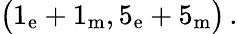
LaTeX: \bigl(1_{\mathrm{e}}+1_{\mathrm{m}},5_{\mathrm{e}}+5_{\mathrm{m}}\bigr)\, .